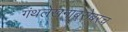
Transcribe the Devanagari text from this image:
गंथलेखनाबरोबरच